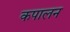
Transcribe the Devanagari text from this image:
कपालन